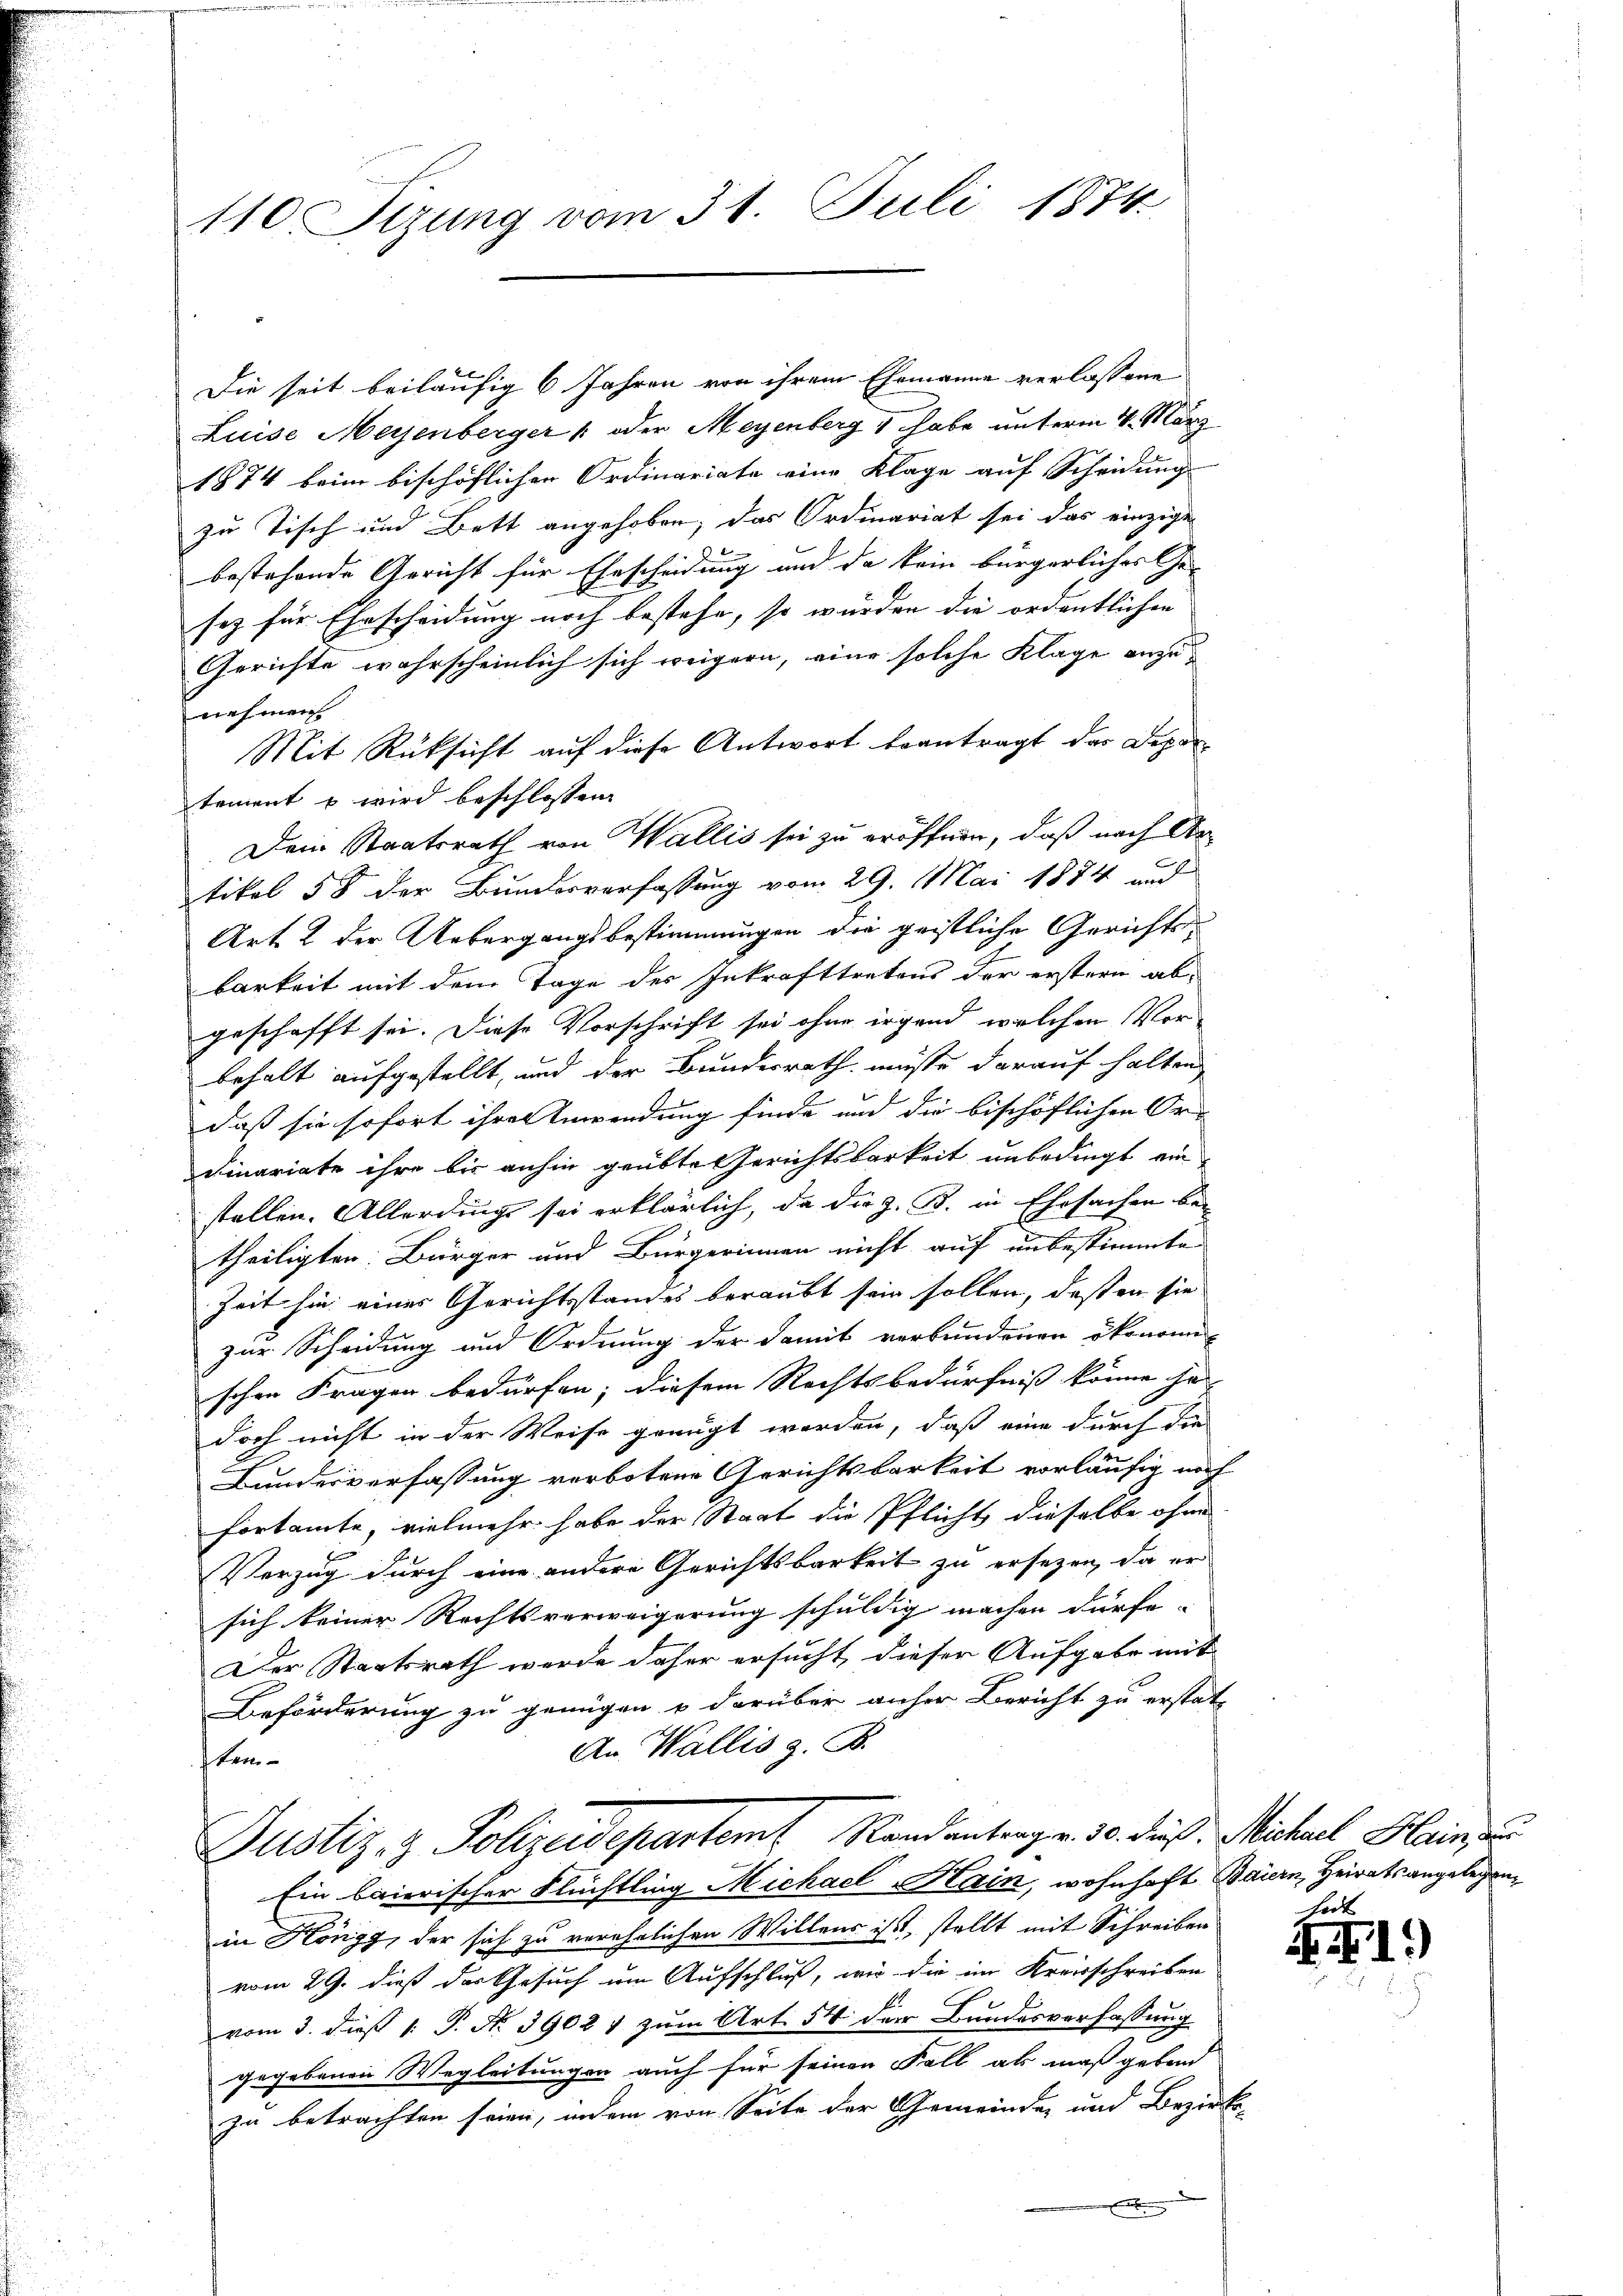
110. Sizung vom 31. Juli 1874

Die seit beiläufig 6 Jahren von ihrem Ehemanne verlassene
Luise Meyenberger " oder Meyenberg & habe unterm 4. März
1874 beim bischöflichen Ordinariate eine Klage auf Scheidung
zu Tisch und Bett angehoben, das Ordinariat sei das einzige
bestehende Gericht für Ehescheidung und da kein bürgerliches Ge-
sez für Ehrscheidung noch bestehe, so würden die ordentlichen
Gerichte wahrscheinlich sich weigern, eine solche Klage anzu- |
nahmen
Mit Rüksicht auf diese Antwort beantragt, das Departement u wird beschlossen:
Dein Staatsrath von Wallis sei zu eröffnen, daß nach Artikel 58 der Bunderverfassung vom 29. Mai 1874 aud
Art. 2 der Uebergangsbestimmungen die geistliche Gerichtsbarkeit mit dem Tage des Inkrafttretens der erstern abgeschafft sei. Diese Vorschrift sei ohne irgend welchen Vorbehalt aufgestellt, und der Bundesrath müsse darauf halten
daß sie sofort ihrer Anwendung finde und die bischöflichen Or-
dinariate ihre bis anhin geübte Gerichtsbarkeit unbedingt ein
stellen. Allerdings sei erklärlich, da die z. B. in Ehrsachen bei
theiligten: Bürger und Bürgerinnen nicht auf unbestimmte
Zeit hin eines Gerichtsstandes beraubt sein sollen, daß in sie
zur Scheidung und Ordnung der damit verbundenen ökonomi-
schen Fragen bedürfen; diesem Rechtsbedürfniss könne ha
doch nicht in der Weise genügt werden, daß eine durch die
Bundesverfassung verbotene Gerichtsbarkeit vorläufig noch
fortamte, vielmehr habe der Staat die Pflicht, dieselbe ohne
Verzug durch eine andere Gerichtsbarkeit zu ersetzen, da er
sich keiner Rechtsverweigerung schuldig machen dürfe.
Der Staatsrath werde daher ersucht, dieser Aufgabe mit
Beförderung zu genügen u darüber anher Bericht zu erstatt
An Wallis z. B.
stan¬
Justiz- & Polizeidepartem Standantragen. 30. dieß. Michael Hain u
Ein baierischer Flüchtling Michael Hain, wohnhaft Baiern, Heirats angelegenin Höngg, der sich zu verehrlichen Willens ist, stellt mit Schreiben
vom 29. dieß das Gesuch um Aufschluß, wie die im Kreisschreiben
vom 3. dieß 1. P. Nr. 39024 zum Art. 54 der Bundesverfassung
gegebenen Wegleitungen auch für seinen Fall als maßgebend
zu betrachten seien, indem von Seite der Gemeinde und Bezirks-

hort
1.)